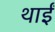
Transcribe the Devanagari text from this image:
थाईं